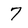
Character: 7